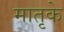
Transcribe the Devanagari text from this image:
मातृके